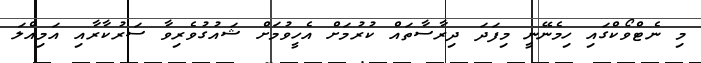
މި ނެޓްވޯކްގައި ހިމެނޭނީ މިފަދަ ދިރާސާތައް ކުރުމަށް އެހީވުމަށް ޝައުގުވެރިވާ ސަރުކާރާއި އަމިއްލަ